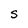
Character: S